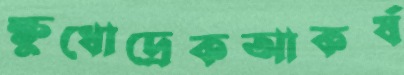
ক্ষুধোদ্রেকআকর্ষ